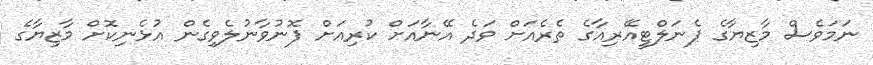
ނަމަވެސް މާޒިޔާގެ ޕެނަލްޓީއޭރިއާގެ ތެރެއަށް ވަދެ އޭނާއަށް ކުރިއަށް ފޮނުވާނުލެވިގެން އުޅެނިކޮށް މާޒިޔާގެ